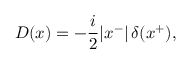
{ \cal D } ( x ) = - \frac { i } { 2 } | x ^ { - } | \, \delta ( x ^ { + } ) ,